Civil Veterinary Department Bengal reports 1933-51 - 1933-1951
Year: 1933
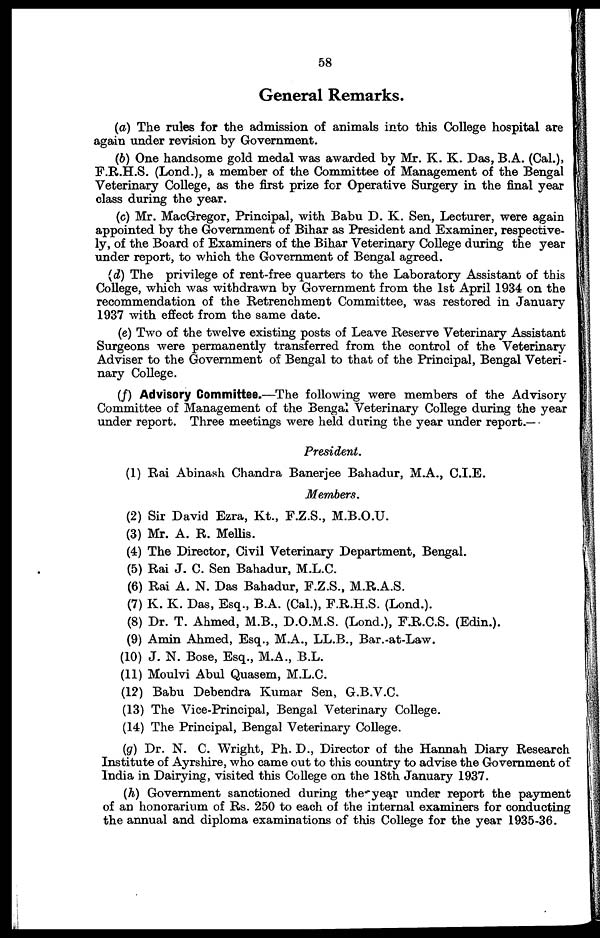
58
General Remarks.
(a) The rules for the admission of animals into this College hospital are
again under revision by Government.
(b) One handsome gold medal was awarded by Mr. K. K. Das, B.A. (Cal.),
F.R.H.S. (Lond.), a member of the Committee of Management of the Bengal
Veterinary College, as the first prize for Operative Surgery in the final year
class during the year.
(c) Mr. MacGregor, Principal, with Babu D. K. Sen, Lecturer, were again
appointed by the Government of Bihar as President and Examiner, respective-
ly, of the Board of Examiners of the Bihar Veterinary College during the year
under report, to which the Government of Bengal agreed.
(d) The privilege of rent-free quarters to the Laboratory Assistant of this
College, which was withdrawn by Government from the 1st April 1934 on the
recommendation of the Retrenchment Committee, was restored in January
1937 with effect from the same date.
(e) Two of the twelve existing posts of Leave Reserve Veterinary Assistant
Surgeons were permanently transferred from the control of the Veterinary
Adviser to the Government of Bengal to that of the Principal, Bengal Veteri-
nary College.
(f) Advisory Committee.—The following were members of the Advisory
Committee of Management of the Bengal Veterinary College during the year
under report. Three meetings were held during the year under report.—
President.
(1) Rai Abinash Chandra Banerjee Bahadur, M.A., C.I.E.
Members.
(2) Sir David Ezra, Kt., F.Z.S., M.B.O.U.
(3) Mr. A. R. Mellis.
(4) The Director, Civil Veterinary Department, Bengal.
(5) Rai J. C. Sen Bahadur, M.L.C.
(6) Rai A. N. Das Bahadur, F.Z.S., M.R.A.S.
(7) K. K. Das, Esq., B.A. (Cal.), F.R.H.S. (Lond.).
(8) Dr. T. Ahmed, M.B., D.O.M.S. (Lond.), F.R.C.S. (Edin.).
(9) Amin Ahmed, Esq., M.A., LL.B., Bar.-at-Law.
(10) J. N. Bose, Esq., M.A., B.L.
(11) Moulvi Abul Quasem, M.L.C.
(12) Babu Debendra Kumar Sen, G.B.V.C.
(13) The Vice-Principal, Bengal Veterinary College.
(14) The Principal, Bengal Veterinary College.
(g) Dr. N. C. Wright, Ph. D., Director of the Hannah Diary Research
Institute of Ayrshire, who came out to this country to advise the Government of
India in Dairying, visited this College on the 18th January 1937.
(h) Government sanctioned during the year under report the payment
of an honorarium of Rs. 250 to each of the internal examiners for conducting
the annual and diploma examinations of this College for the year 1935-36.